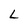
Character: L